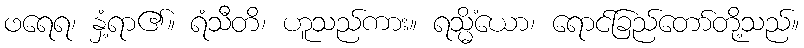
ဖရေရ၊ နှံ့ရာ၏။ ရံသီတိ၊ ဟူသည်ကား။ ရသ္မိံယော၊ ရောင်ခြည်တော်တို့သည်။